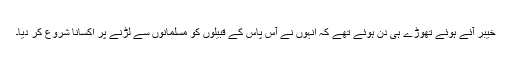
خیبر آئے ہوئے تھوڑے ہی دن ہوئے تھے کہ انہوں نے آس پاس کے قبیلوں کو مسلمانوں سے لڑنے پر اکسانا شروع کر دیا۔